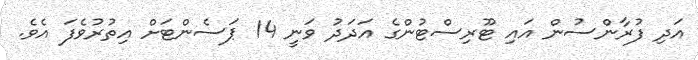
އަދި ފުރާންސުން އައި ޓޫރިސްޓުންގެ އަދަދު ވަނީ 14 ޕަސެންޓަށް އިތުރުވެފަ އެވެ.